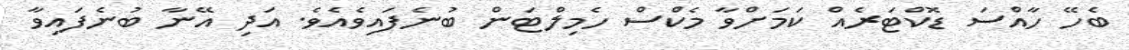
ބެހޭ ހާއްސަ ޑޮކްޓަރެއް ކަމަށްވާ މެކްސް ހެމިލްޓަން ބުނެފައިވެއެވެ. އަދި އޭނާ ބުނެފައިވާ